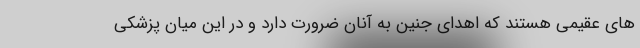
های عقیمی هستند که اهدای جنین به آنان ضرورت دارد و در این میان پزشکی